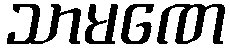
သာမဏေ